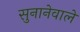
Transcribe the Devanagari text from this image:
सुनानेवाले